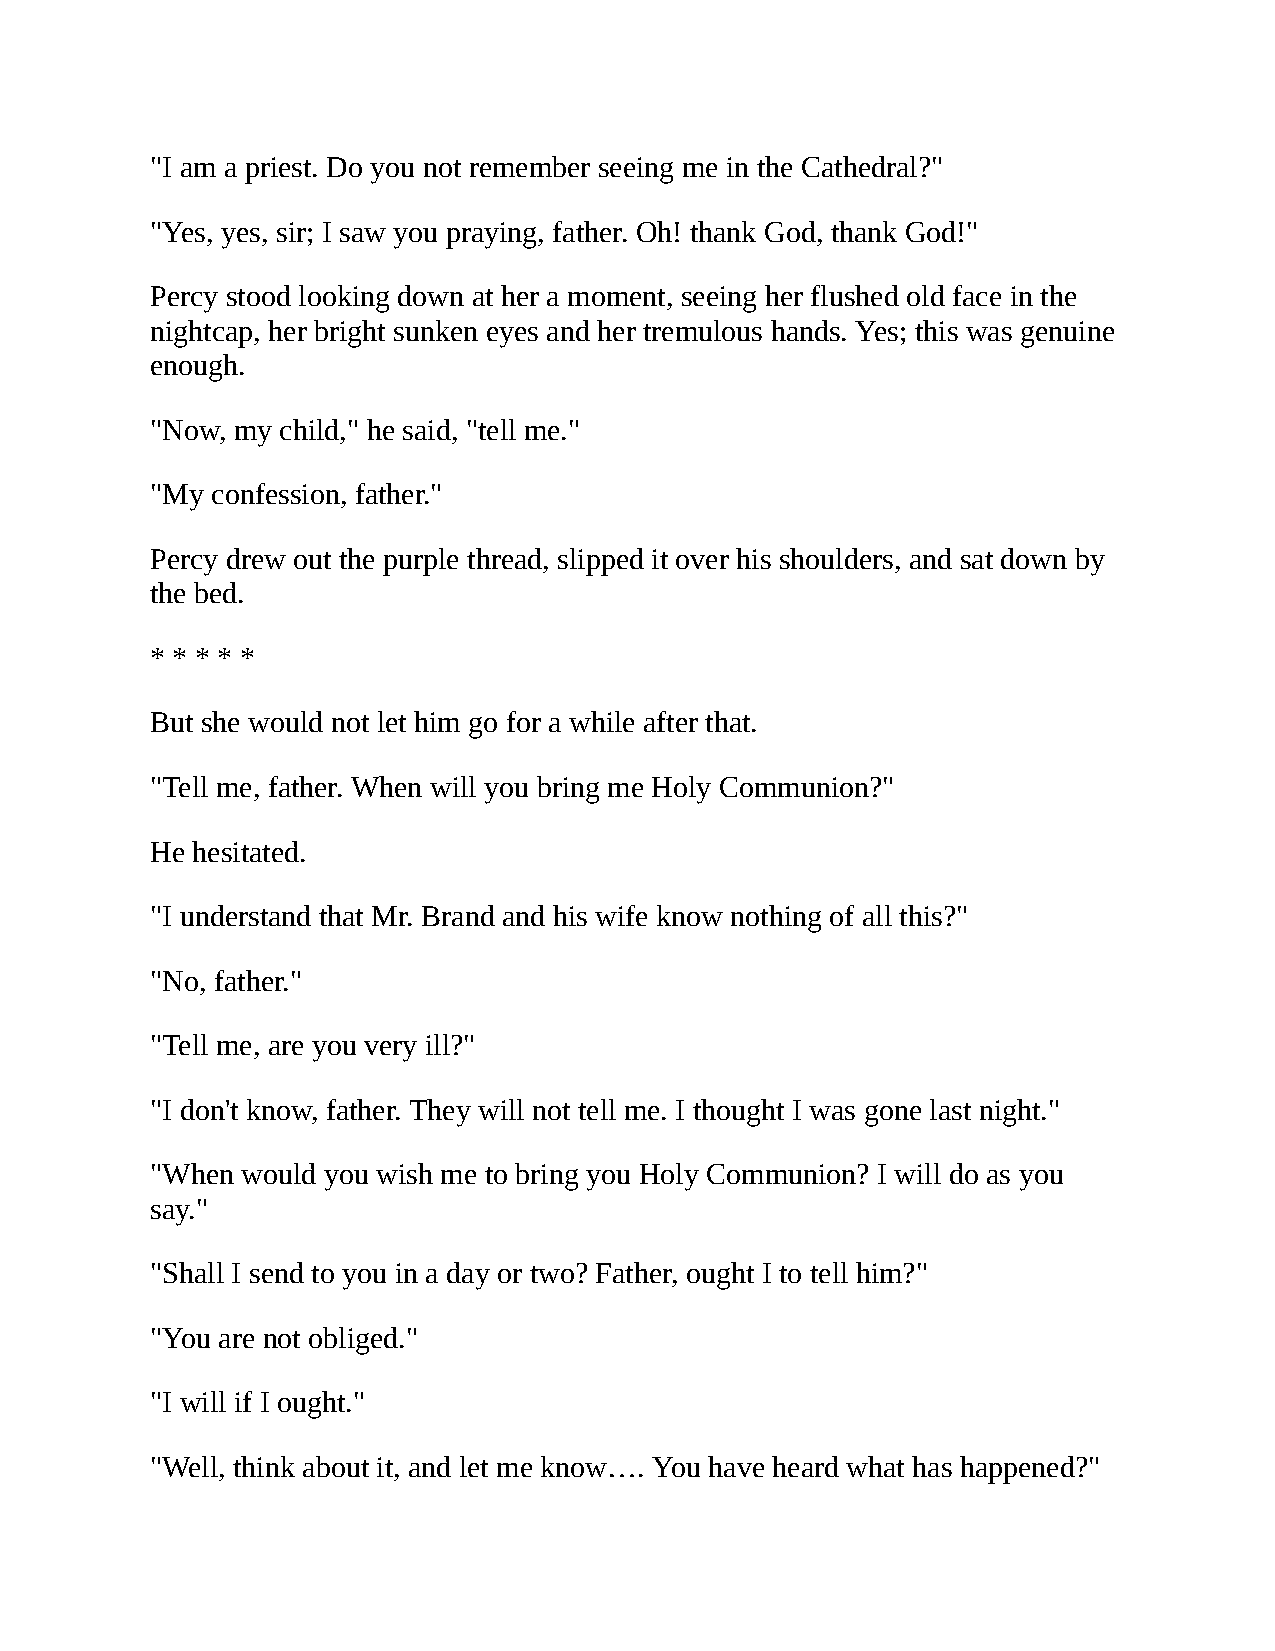
"I am a priest. Do you not remember seeing me in the Cathedral?"
 "Yes, yes, sir; I saw you praying, father. Oh! thank God, thank God!"
 Percy stood looking down at her a moment, seeing her flushed old face in the
 nightcap, her bright sunken eyes and her tremulous hands. Yes; this was genuine
 enough.
 "Now, my child," he said, "tell me."
 "My confession, father."
 Percy drew out the purple thread, slipped it over his shoulders, and sat down by
 the bed.
 * * * * *
 But she would not let him go for a while after that.
 "Tell me, father. When will you bring me Holy Communion?"
 He hesitated.
 "I understand that Mr. Brand and his wife know nothing of all this?"
 "No, father."
 "Tell me, are you very ill?"
 "I don't know, father. They will not tell me. I thought I was gone last night."
 "When would you wish me to bring you Holy Communion? I will do as you
 say."
 "Shall I send to you in a day or two? Father, ought I to tell him?"
 "You are not obliged."
 "I will if I ought."
 "Well, think about it, and let me know…. You have heard what has happened?"